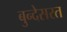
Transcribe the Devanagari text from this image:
बुन्देसरत